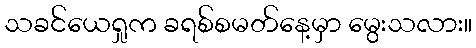
သခင်ယေရှုက ခရစ်စမတ်နေ့မှာ မွေးသလား။